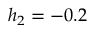
h _ { 2 } = - 0 . 2